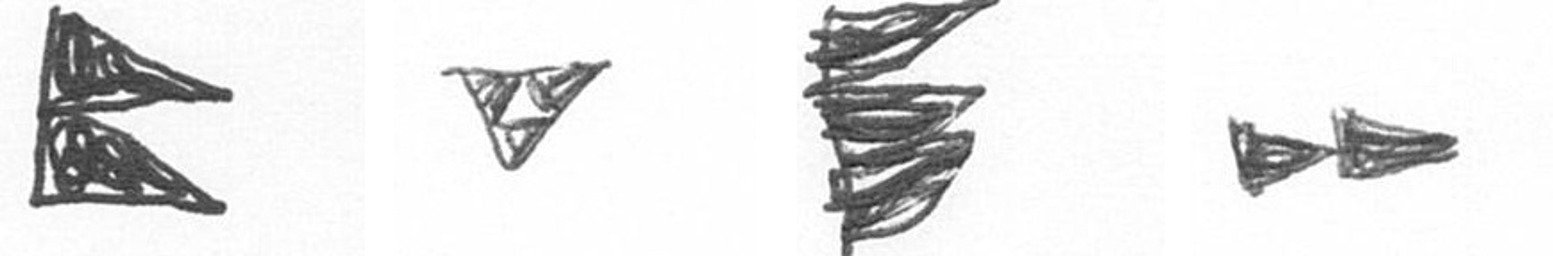
P S H A